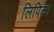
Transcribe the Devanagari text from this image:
लिपिक।